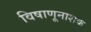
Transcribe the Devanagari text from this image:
विषाणूनाशक